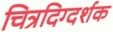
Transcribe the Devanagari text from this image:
चित्रदिग्दर्शक